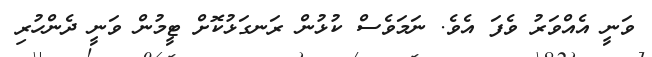
ވަނީ އެއްވަރު ވެފަ އެވެ. ނަމަވެސް ކުޅުން ރަނގަޅުކޮށް ޓީމުން ވަނީ ދެންހުރި